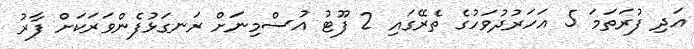
އަދި ފުރަތަމަ 5 އަހަރުދުވަހުގެ ތެރޭގައި 2 ފޫޓު އުސްމިނަށް ރަނގަޅުފެންވަރަކަށް ފާރު